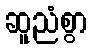
ဆူညံစွာ